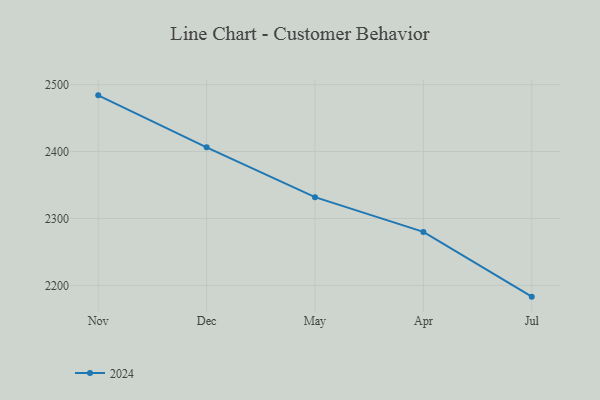
{"axis": {"x": "Month", "y": "Shipments"}, "legend": ["2024"], "data": [{"x": "Nov", "y": 2483.9, "type": "2024"}, {"x": "Dec", "y": 2406.2, "type": "2024"}, {"x": "May", "y": 2331.8, "type": "2024"}, {"x": "Apr", "y": 2279.9, "type": "2024"}, {"x": "Jul", "y": 2183.2, "type": "2024"}]}